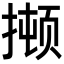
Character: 𫽫